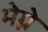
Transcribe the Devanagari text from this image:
मेग्ने